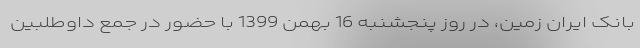
بانک ایران زمین، در روز پنجشنبه 16 بهمن 1399 با حضور در جمع داوطلبین